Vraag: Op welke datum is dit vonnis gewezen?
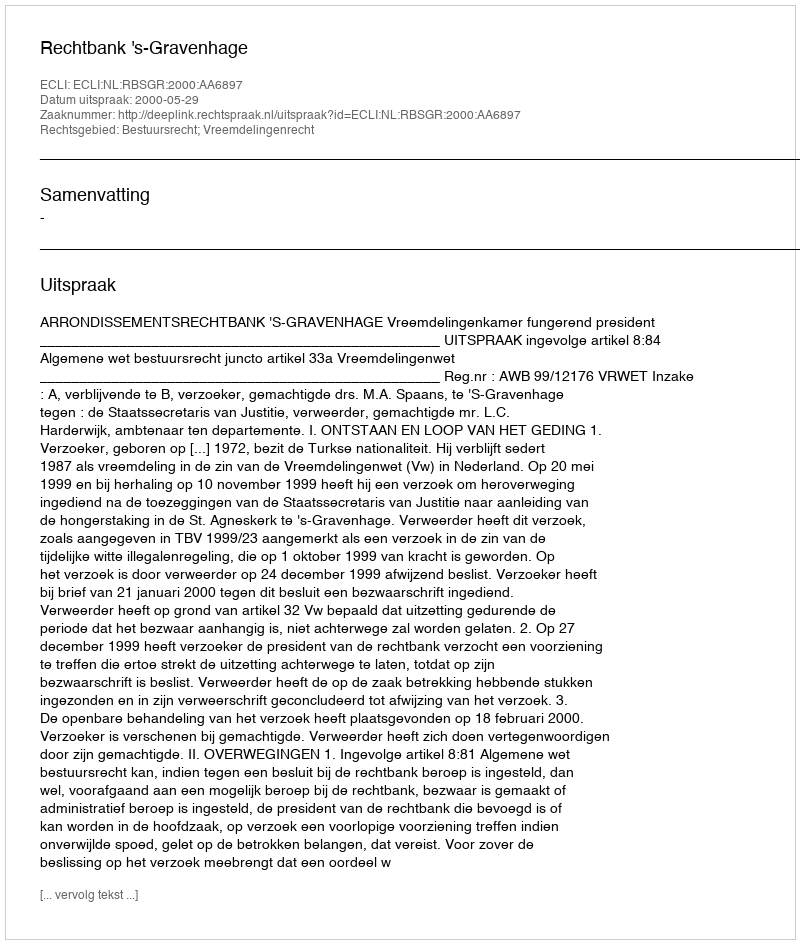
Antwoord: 2000-05-29